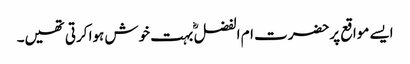
ایسے مواقع پرحضرت ام الفضل ؓ بہت خوش ہوا کرتی تھیں۔